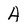
Character: A